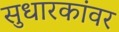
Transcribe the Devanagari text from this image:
सुधारकांवर